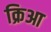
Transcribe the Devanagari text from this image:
क्रिआ